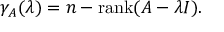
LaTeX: \gamma _ { A } ( \lambda ) = n - \operatorname { r a n k } ( A - \lambda I ) .